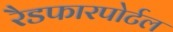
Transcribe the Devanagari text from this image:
रैडफारपोर्टल